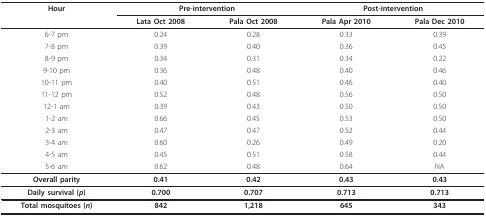
| Hour | <COLSPAN=2> Pre-intervention | <COLSPAN=2> Post-intervention |
 |  | Lata Oct 2008 | Pala Oct 2008 | Pala Apr 2010 | Pala Dec 2010 |
 | --- | --- | --- | --- | --- |
 | 6-7 pm | 0.24 | 0.28 | 0.33 | 0.39 |
 | 7-8 pm | 0.39 | 0.40 | 0.36 | 0.45 |
 | 8-9 pm | 0.34 | 0.31 | 0.34 | 0.22 |
 | 9-10 pm | 0.36 | 0.48 | 0.40 | 0.46 |
 | 10-11 pm | 0.40 | 0.51 | 0.46 | 0.40 |
 | 11-12 pm | 0.52 | 0.48 | 0.56 | 0.50 |
 | 12-1 am | 0.39 | 0.43 | 0.50 | 0.50 |
 | 1-2 am | 0.66 | 0.45 | 0.53 | 0.50 |
 | 2-3 am | 0.47 | 0.47 | 0.52 | 0.44 |
 | 3-4 am | 0.60 | 0.26 | 0.49 | 0.20 |
 | 4-5 am | 0.45 | 0.51 | 0.58 | 0.44 |
 | 5-6 am | 0.62 | 0.48 | 0.64 | NA |
 | Overall parity | 0.41 | 0.42 | 0.43 | 0.43 |
 | Daily survival (p) | 0.700 | 0.707 | 0.713 | 0.713 |
 | Total mosquitoes (n) | 842 | 1,218 | 645 | 343 |